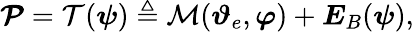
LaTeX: \boldsymbol{\mathcal{P}}=\mathcal{T}(\boldsymbol{\psi})\triangleq\mathcal{M}(\boldsymbol{\vartheta}_{e},\boldsymbol{\varphi})+\boldsymbol{E}_{B}(\boldsymbol{\psi}),